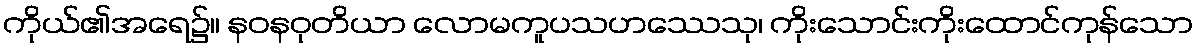
ကိုယ်၏အရေ၌။ နဝနဝုတိယာ လောမကူပသဟဿေသု၊ ကိုးသောင်းကိုးထောင်ကုန်သော